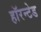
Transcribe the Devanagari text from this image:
हॉरन्टेड